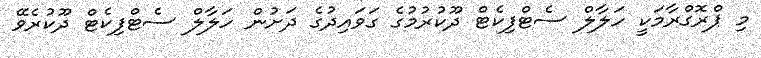
މި ޕްރޮގްރާމަކީ ހަލާލް ސެޓްފިކެޓް ދޫކުރުމުގެ ގަވައިދުގެ ދަށުން ހަލާލް ސެޓްފިކެޓް ދޫކުރެވޭ